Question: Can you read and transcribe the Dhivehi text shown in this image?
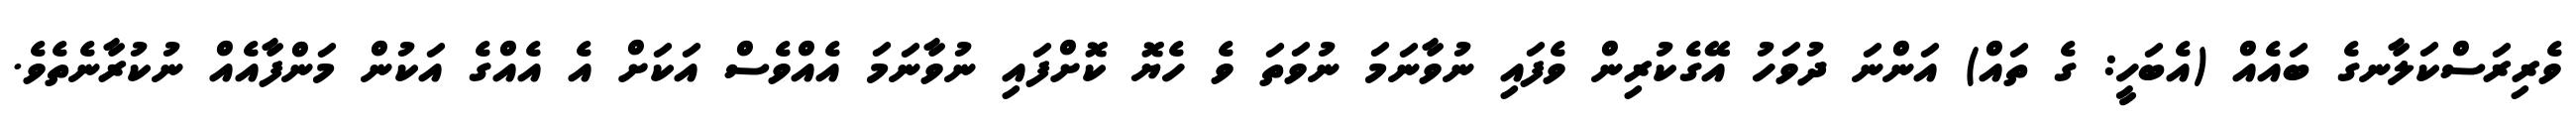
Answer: ވެރިރަސްކަލާނގެ ބައެއް (އެބަހީ: ގެ ތައް) އަންނަ ދުވަހު އޭގެކުރިން ވެފައި ނުވާނަމަ ނުވަތަ ވެ ހެޔޮ ކޮށްފައި ނުވާނަމަ އެއްވެސް އަކަށް އެ އެއްގެ އަކުން މަންފާއެއް ނުކުރާނެތެވެ.